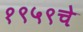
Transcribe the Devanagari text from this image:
१९५९चे